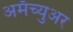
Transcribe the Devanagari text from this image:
अमॅच्युअर